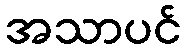
အသာပင်